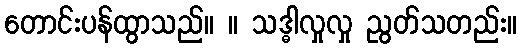
တောင်းပန်ထွာသည်။ ။ သဒ္ဓါလှုလှု ညွတ်သတည်း။